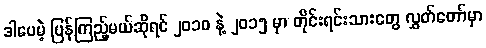
ဒါပေမဲ့ ပြန်ကြည့်မယ်ဆိုရင် ၂၀၁၀ နဲ့ ၂၀၁၅ မှာ တိုင်းရင်းသားတွေ လွှတ်တော်မှာ